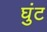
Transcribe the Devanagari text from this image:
घुंट